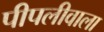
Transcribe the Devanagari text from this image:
पीपलीवाला